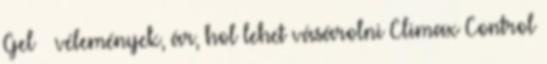
Gel – vélemények, ár, hol lehet vásárolni Climax Control